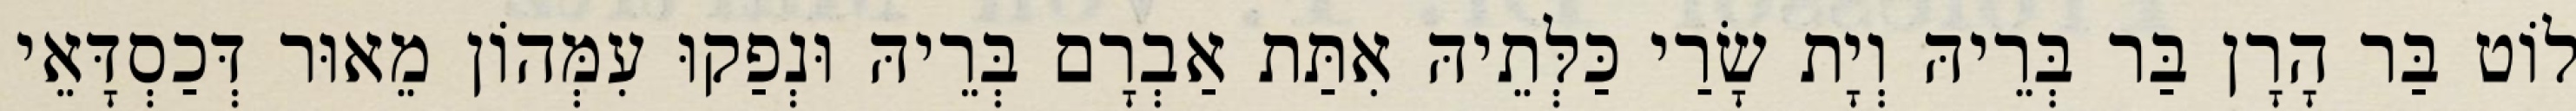
לוֹט בַּר הָרָן בַּר בְּרֵיהּ וְיָת שָׂרַי כַּלְּתֵיהּ אִתַּת אַבְרָם בְּרֵיהּ וּנְפַקוּ עִמְּהוֹן מֵאוּר דְּכַסְדָּאֵי